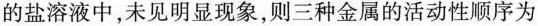
的盐溶液中，未见明显现象，则三种金属的活动性顺序为